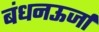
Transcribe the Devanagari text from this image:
बंधनऊर्जा